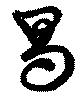
曷